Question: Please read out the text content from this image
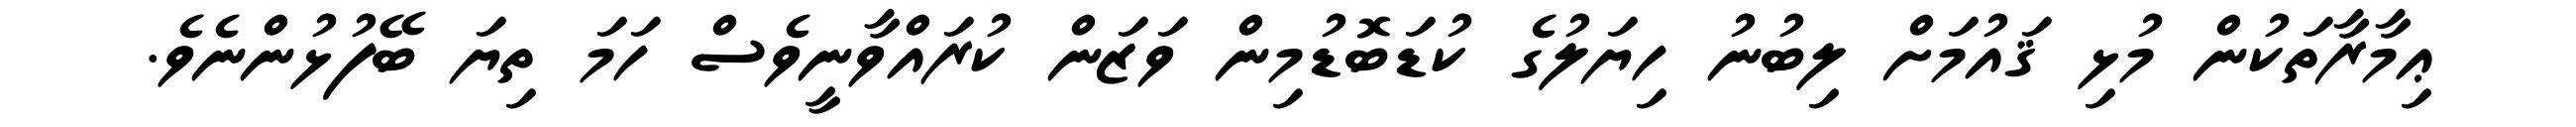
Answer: ޢިމާރާތަކުން މުޅި ޤައުމަށް ލިބުނު ހިޔަލުގެ ކުޑަބޮޑުމިން ވަޒަން ކުރައްވާނީވެސް ހަމަ ތިޔަ ބޭފުޅުންނެވެ.